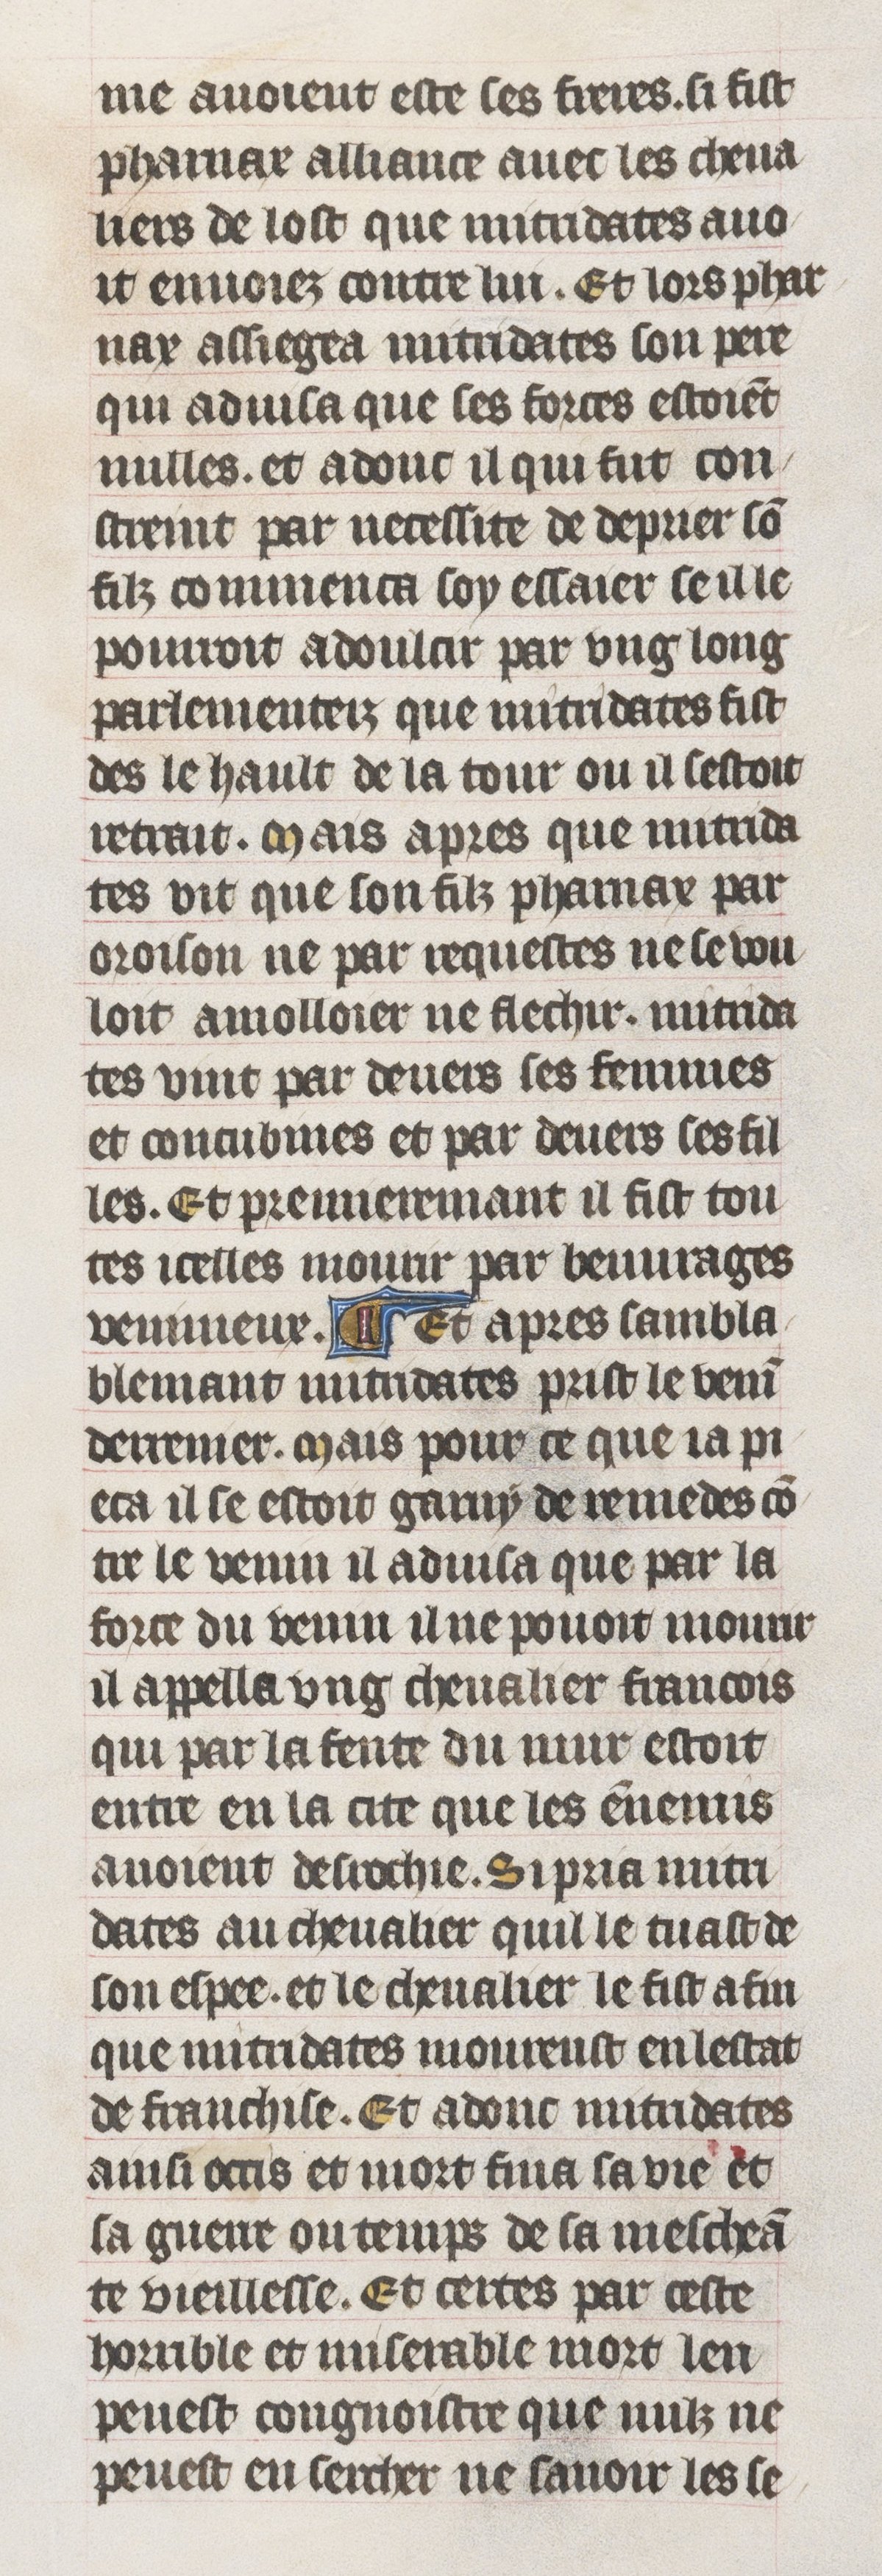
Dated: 1395–1425